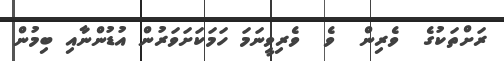
ރަށްތަކުގެ  ވެރިން  ވެ  ވެރިވީނަމަ ހަމަކަށަވަރުން އުޑުންނާއި ބިމުން